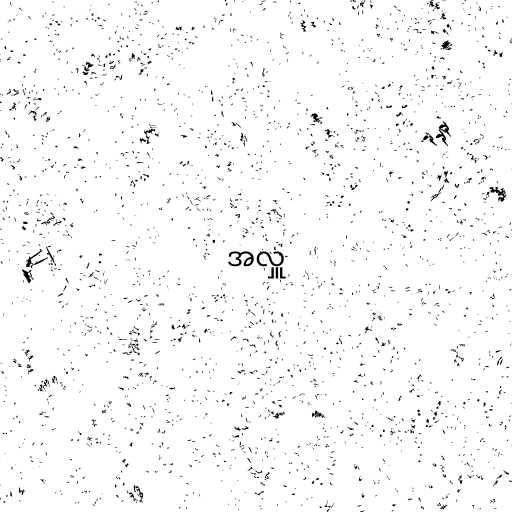
အလှူ